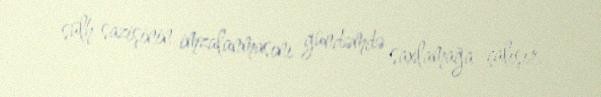
sülh sazişinin imzalanmasını gündəmdə saxlamağa çalışır.